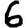
Digit: 6